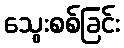
သွေးစစ်ခြင်း